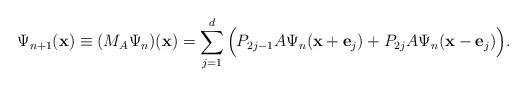
LaTeX: \begin{align*}\Psi_{n+1}( {\bf x} ) \equiv (M_A \Psi_{n})( {\bf x} )=\sum_{j=1}^{d}\Big(P_{2j-1}A\Psi_{n}( {\bf x} + {\bf e}_j)+P_{2j}A\Psi_{n}( {\bf x} - {\bf e}_j)\Big).\end{align*}